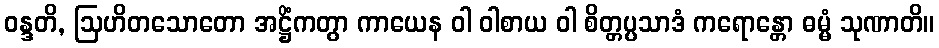
ဝန္ဒတိ, ဩဟိတသောတော အဋ္ဌိံကတွာ ကာယေန ဝါ ဝါစာယ ဝါ စိတ္တပ္ပသာဒံ ကရောန္တော ဓမ္မံ သုဏာတိ။